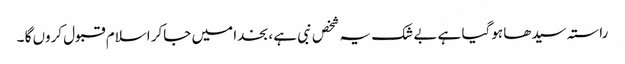
راستہ سیدھا ہوگیا ہے بے شک یہ شخص نبی ہے ، بخدا میں جاکر اسلام قبول کروں گا ۔